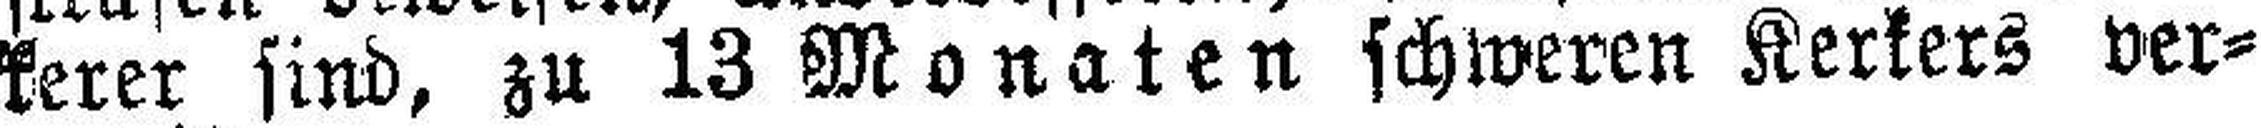
kerer sind, zu 13 Monaten schweren Kerkers ver¬